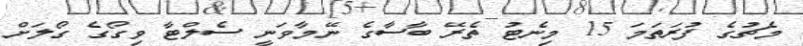
މެޗުގެ ފުރަތަމަ 15 މިނެޓު ތެރޭ ބާސާގެ ނޭމާވަނީ ސެލްޓާ ވިގޯގެ ގޯލަށް